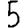
Digit: 5